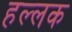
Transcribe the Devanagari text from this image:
हल्लक